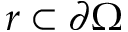
r \subset \partial \Omega